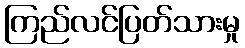
ကြည်လင်ပြတ်သားမှု